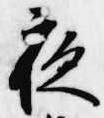
夜